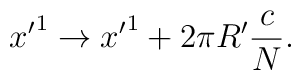
{x^{\prime}}^1 \rightarrow {x^{\prime}}^1+ 2\pi R^{\prime}\frac{c}{N}.